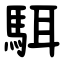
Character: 駬